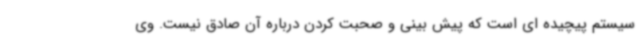
سیستم پیچیده ای است که پیش بینی و صحبت کردن درباره آن صادق نیست. وی